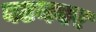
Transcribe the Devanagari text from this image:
बटनवर